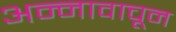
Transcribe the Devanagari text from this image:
अन्नावाचून